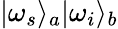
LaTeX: \vert\omega_{s}\rangle_{a}\vert\omega_{i}\rangle_{b}